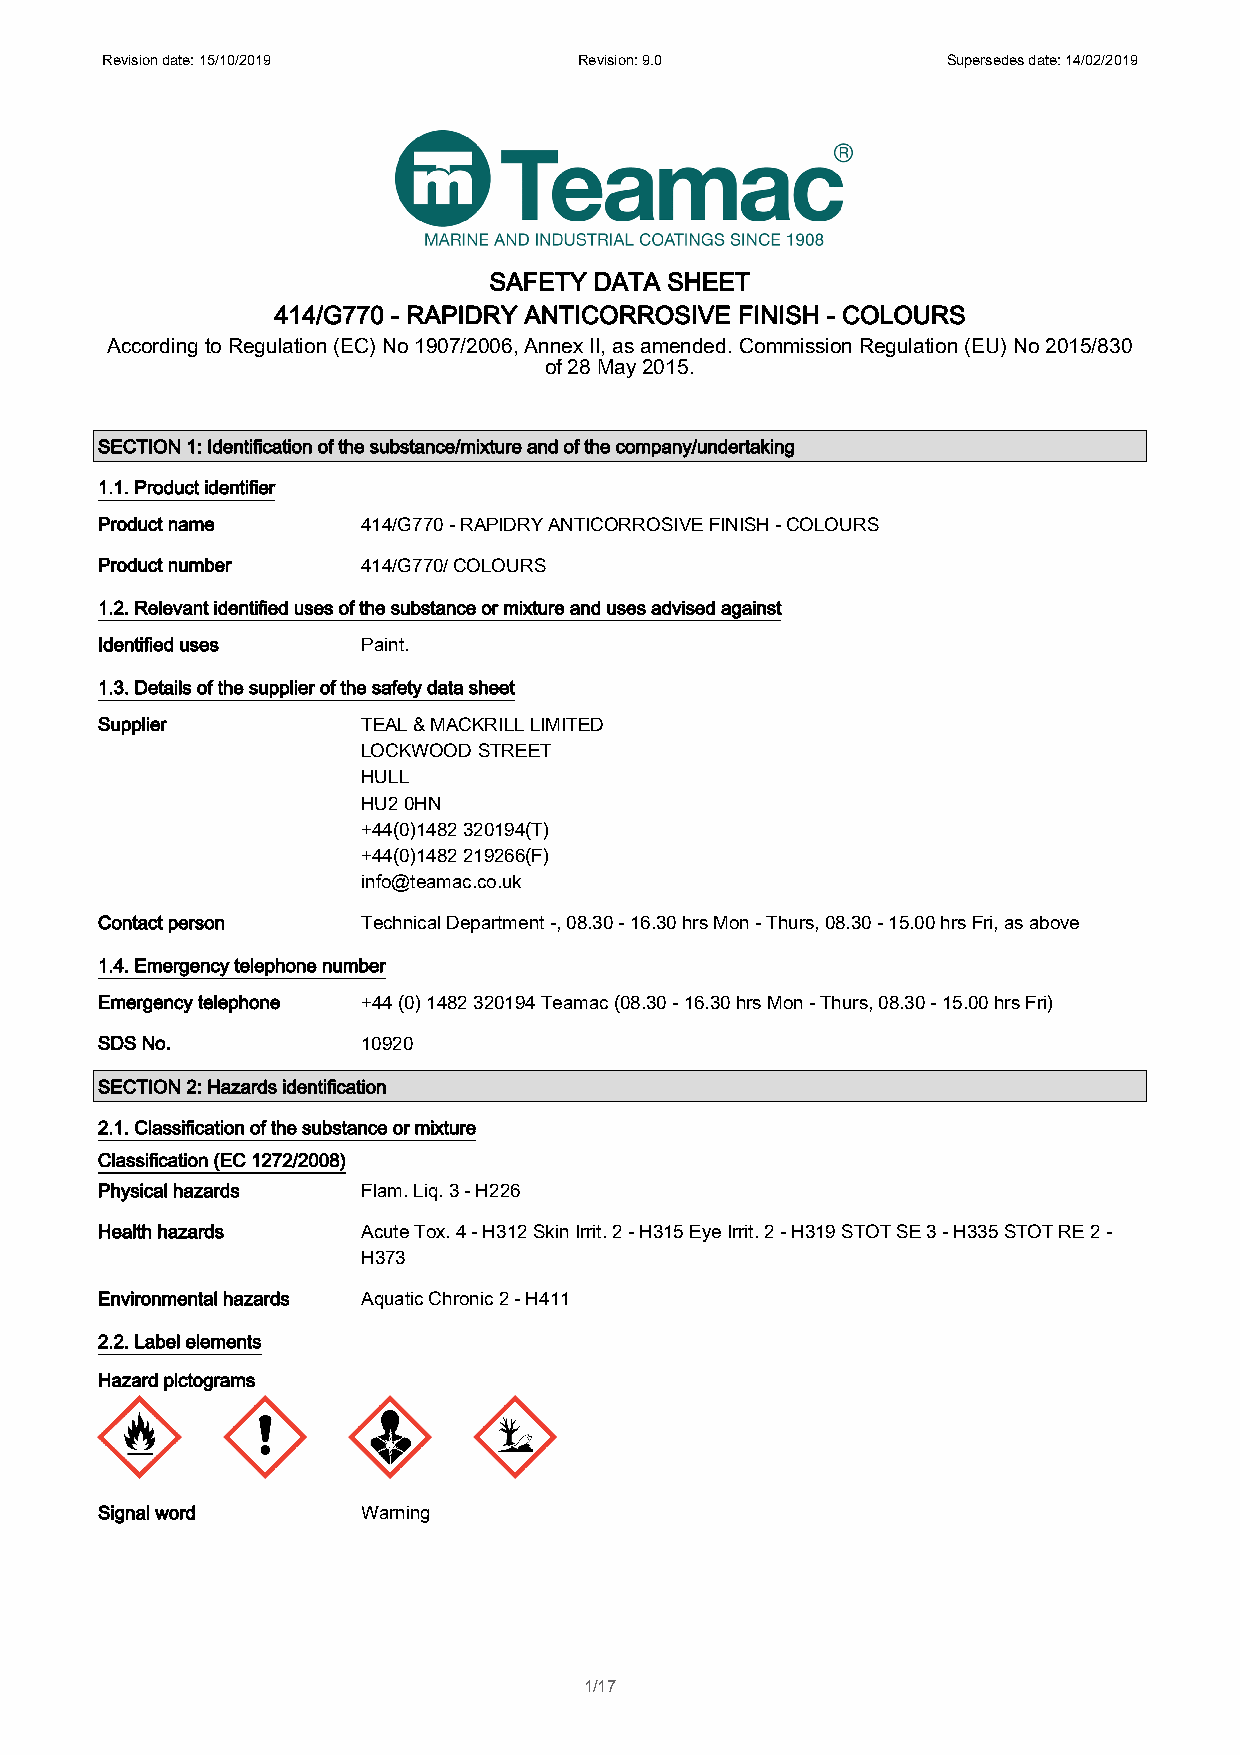
Revision date: 15/10/2019      Revision: 9.0            Supersedes date: 14/02/2019
 SAFETY DATA SHEET
 414/G770 - RAPIDRY ANTICORROSIVE FINISH - COLOURS
 According to Regulation (EC) No 1907/2006, Annex II, as amended. Commission Regulation (EU) No 2015/830
 of 28 May 2015.
 SECTION 1: Identification of the substance/mixture and of the company/undertaking
 1.1. Product identifier
 Product name      414/G770 - RAPIDRY ANTICORROSIVE FINISH - COLOURS
 Product number    414/G770/ COLOURS
 1.2. Relevant identified uses of the substance or mixture and uses advised against
 Identified uses   Paint.
 1.3. Details of the supplier of the safety data sheet
 Supplier          TEAL & MACKRILL LIMITED
 LOCKWOOD STREET
 HULL
 HU2 0HN
 +44(0)1482 320194(T)
 +44(0)1482 219266(F)
 info@teamac.co.uk
 Contact person    Technical Department -, 08.30 - 16.30 hrs Mon - Thurs, 08.30 - 15.00 hrs Fri, as above
 1.4. Emergency telephone number
 Emergency telephone +44 (0) 1482 320194 Teamac (08.30 - 16.30 hrs Mon - Thurs, 08.30 - 15.00 hrs Fri)
 SDS No.           10920
 SECTION 2: Hazards identification
 2.1. Classification of the substance or mixture
 Classification (EC 1272/2008)
 Physical hazards  Flam. Liq. 3 - H226
 Health hazards    Acute Tox. 4 - H312 Skin Irrit. 2 - H315 Eye Irrit. 2 - H319 STOT SE 3 - H335 STOT RE 2 -
 H373
 Environmental hazards Aquatic Chronic 2 - H411
 2.2. Label elements
 Hazard pictograms
 Signal word       Warning
 1/17